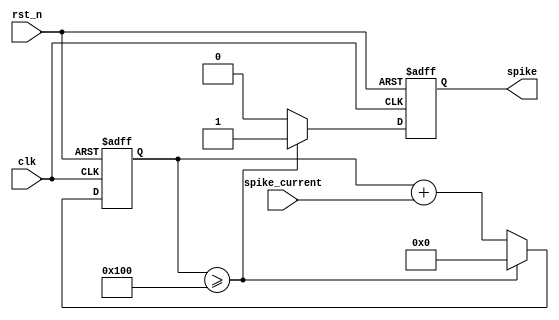
module if_neuron(
    input wire clk,
    input wire rst_n,
    input wire[15:0] spike_current,
    output reg spike
);

    parameter THRESHOLD = 16'h0100;
    parameter RESET_CURRENT = 16'h0000;

    reg [15:0] accumulated_current;

    always @(posedge clk or negedge rst_n) begin
        if (!rst_n) begin
            accumulated_current <= RESET_CURRENT;
            spike <= 1'b0;
        end else begin
            accumulated_current <= accumulated_current + spike_current;

            if (accumulated_current >= THRESHOLD) begin
                spike <= 1'b1;
                accumulated_current <= RESET_CURRENT; 
            end else begin
                spike <= 1'b0;
            end
        end
    end

endmodule


module tt_um_manjushettar(
    input  wire [7:0] ui_in,
    output wire [7:0] uo_out,
    input  wire [7:0] uio_in,
    output wire [7:0] uio_out,
    output wire [7:0] uio_oe,
    input  wire       ena,
    input  wire       clk,
    input  wire       rst_n
);

    wire spike1_1, spike1_2;
    reg [15:0] input2_1, input2_2;

    if_neuron neuron1_1 (
        .clk(clk),
        .rst_n(rst_n),
        .spike_current({8'h00, ui_in}),
        .spike(spike1_1)
    );

    if_neuron neuron1_2 (
        .clk(clk),
        .rst_n(rst_n),
        .spike_current({8'h00, uio_in}), 
        .spike(spike1_2)
    );

    always @(posedge clk or negedge rst_n) begin
        if (!rst_n) begin
            input2_1 <= 16'h0000;
            input2_2 <= 16'h0000;
        end else begin
            input2_1 <= spike1_1 ? 16'hFFFF : 16'h0000;
            input2_2 <= spike1_2 ? 16'hFFFF : 16'h0000;
        end
    end

    wire spike2_1, spike2_2;

    if_neuron neuron2_1 (
        .clk(clk),
        .rst_n(rst_n),
        .spike_current(input2_1),
        .spike(spike2_1)
    );

    if_neuron neuron2_2 (
        .clk(clk),
        .rst_n(rst_n),
        .spike_current(input2_2),
        .spike(spike2_2)
    );

    assign uo_out = {6'b000000, spike2_2, spike2_1};

    assign uio_out = 8'b00000000;
    assign uio_oe = 8'b00000000;


endmodule